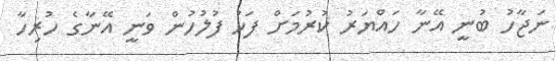
ނަޖާހު ބުނީ އޭނާ ހައްޔަރު ކުރުމަށް ފަހު ފުލުހުން ވަނީ އޭނާގެ ހުރިހާ